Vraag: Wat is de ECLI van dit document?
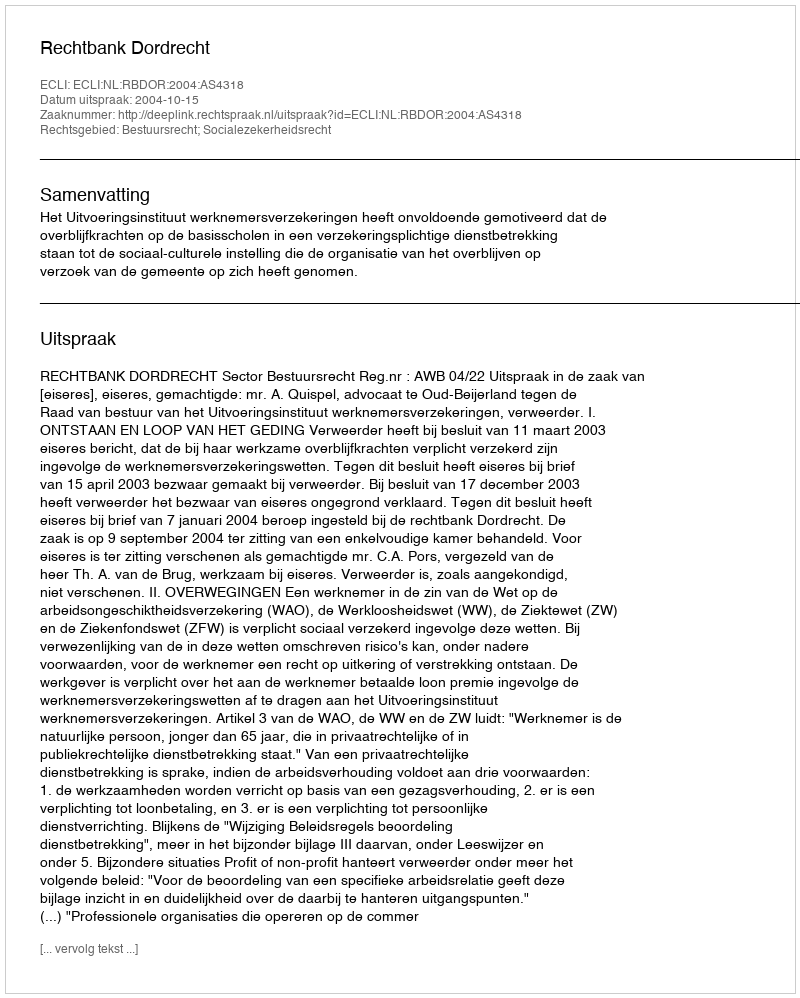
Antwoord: ECLI:NL:RBDOR:2004:AS4318